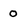
Character: O